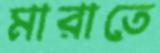
মারাতে